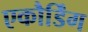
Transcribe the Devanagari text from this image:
एकौर्डिंग